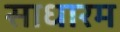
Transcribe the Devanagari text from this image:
साधारम